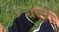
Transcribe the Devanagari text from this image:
बज्पे